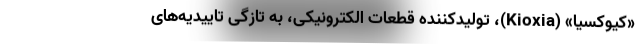
«کیوکسیا» (Kioxia)، تولیدکننده قطعات الکترونیکی، به تازگی تاییدیه‌های